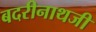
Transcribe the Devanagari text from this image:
बदरीनाथजी